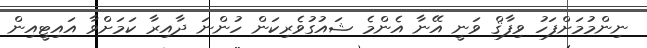
ނިންމުމަށްފަހު ވިފާޤް ވަނީ އޭނާ އެންމެ ޝައުގުވެރިކަން ހުންނަ ދާއިރާ ކަމަށްވާ އައިޓީއިން